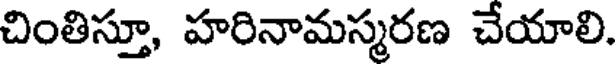
చింతిస్తూ, హరినామస్మరణ చేయాలి.